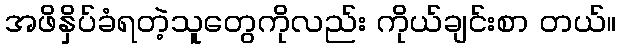
အဖိနှိပ်ခံရတဲ့သူတွေကိုလည်း ကိုယ်ချင်းစာ တယ်။